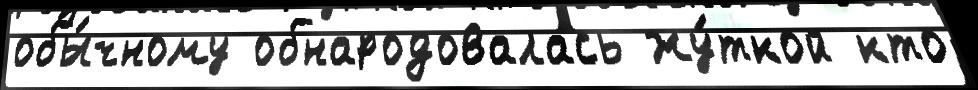
обы́чному обнародовалась жу́ткой кто